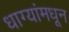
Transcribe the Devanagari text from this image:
धाग्यांमधून